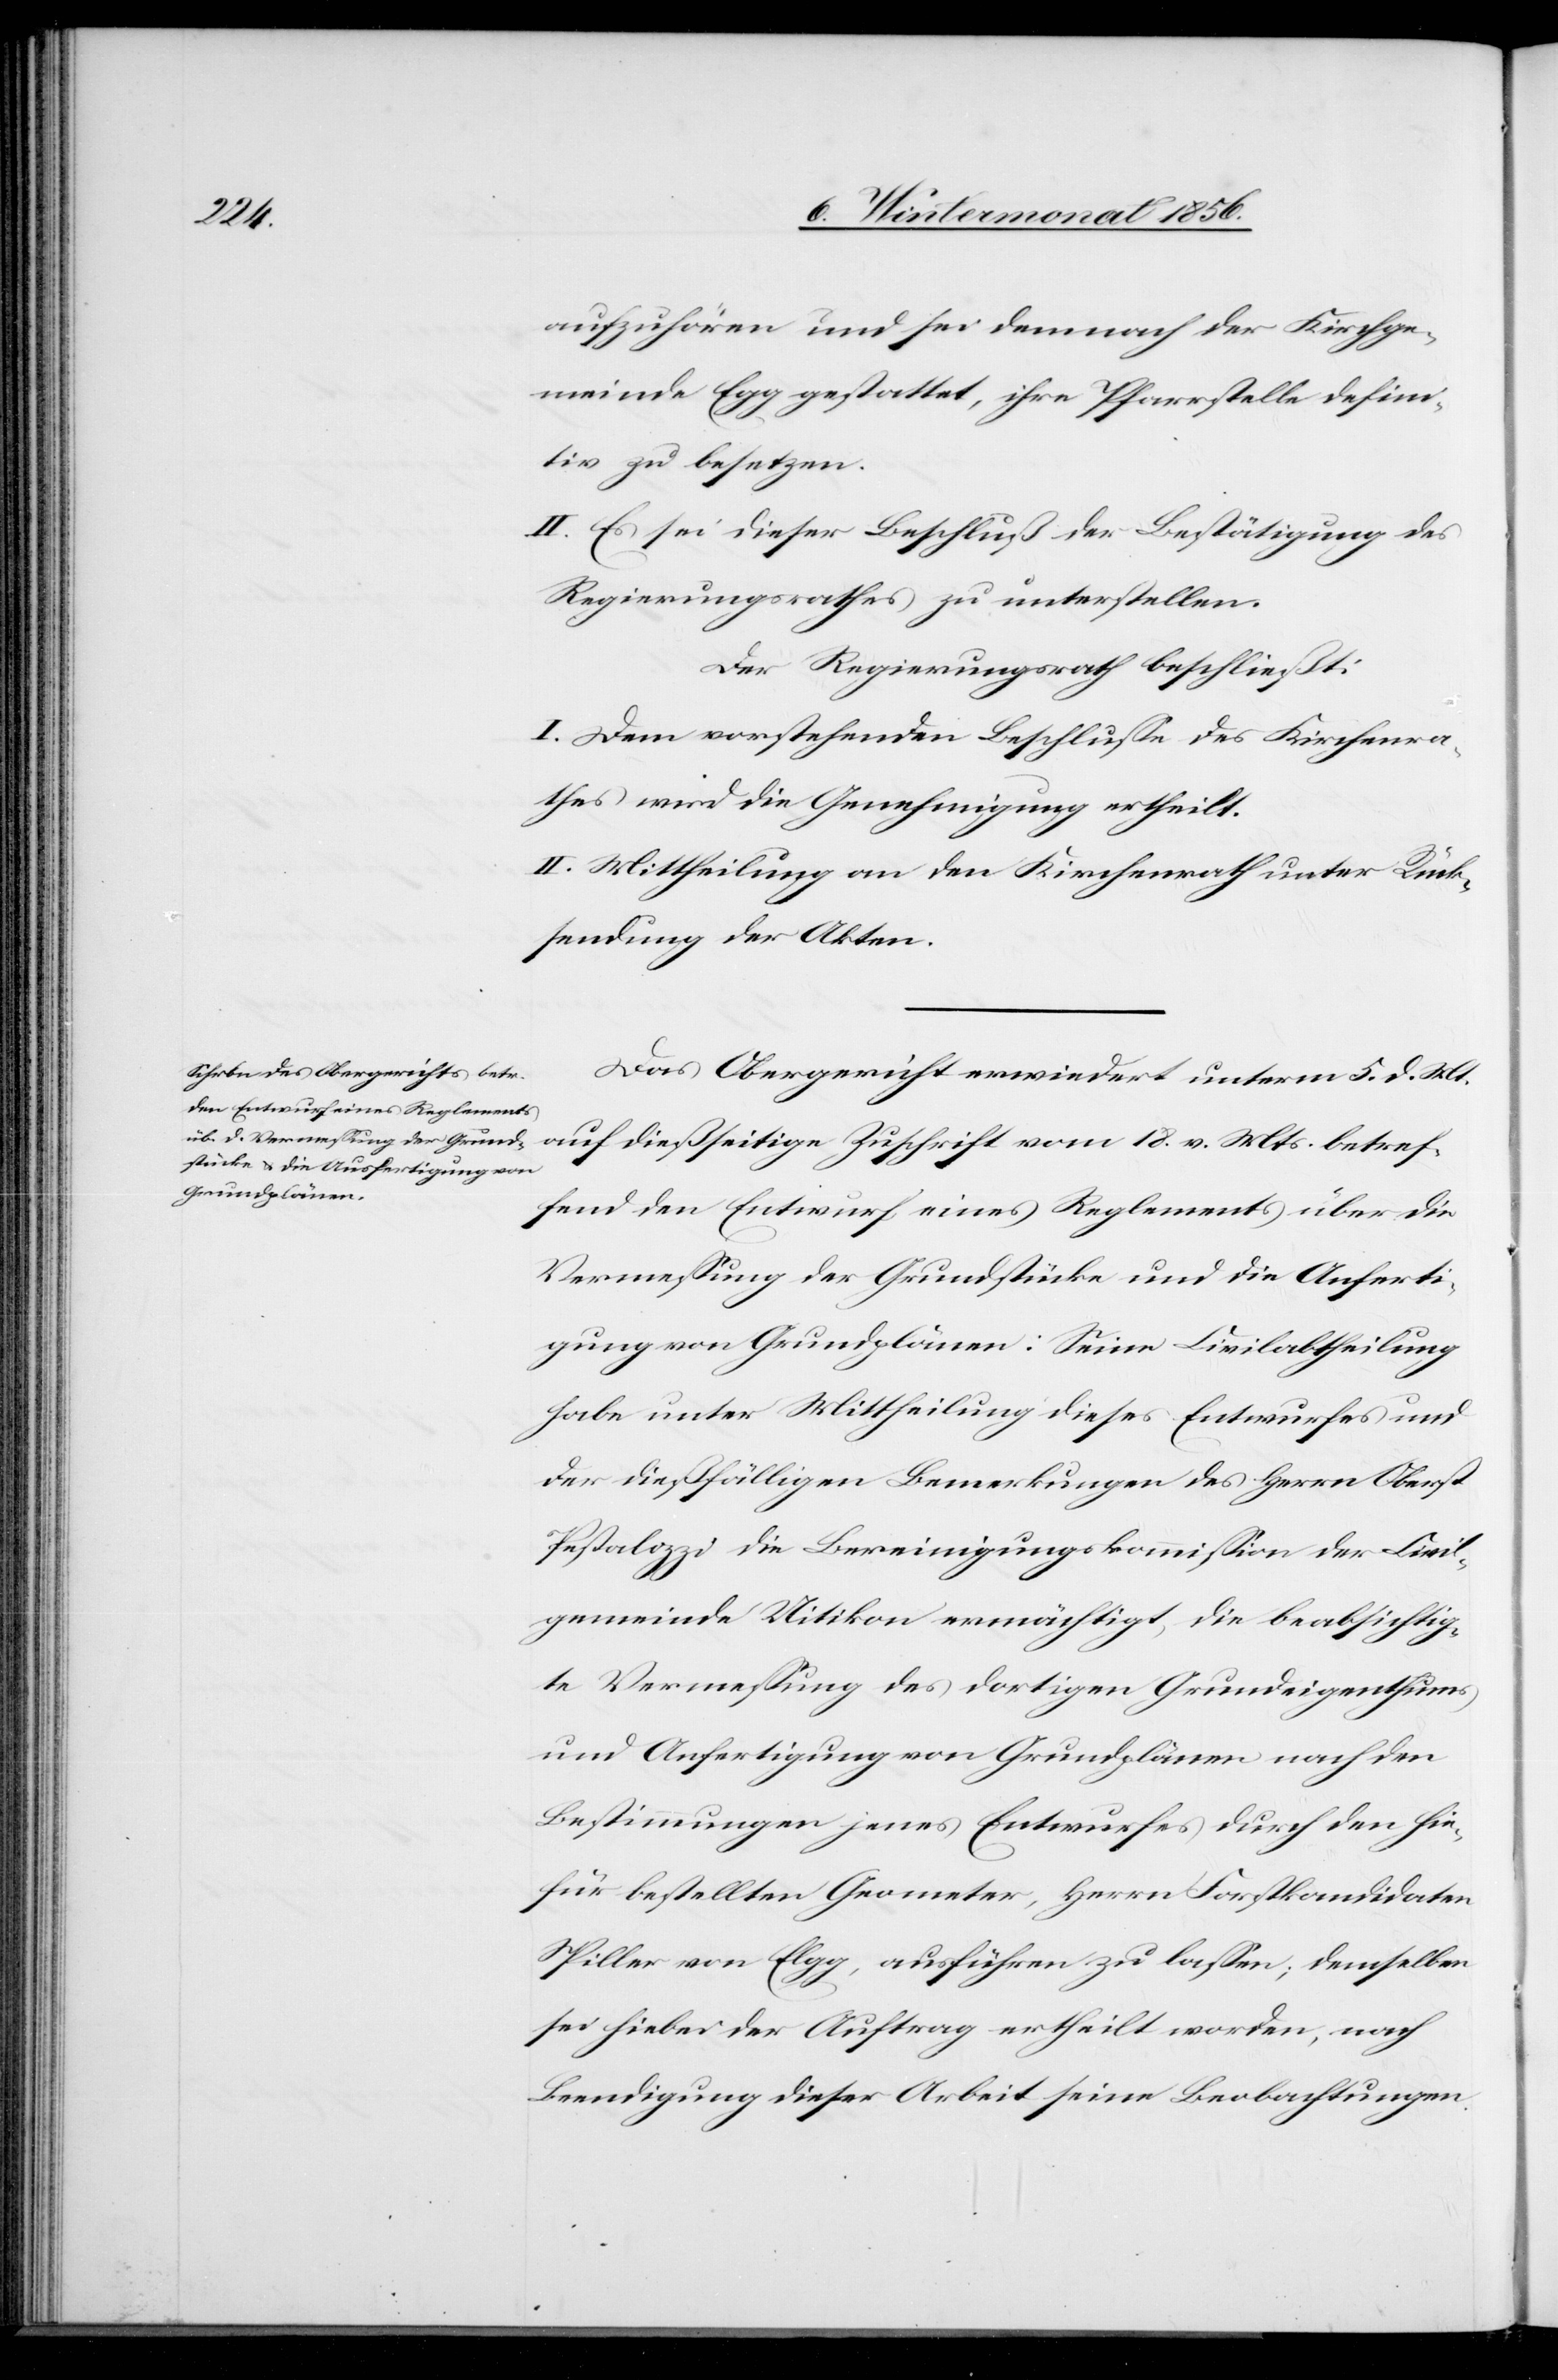
aufzuhören und sei demnach der Kirchenge¬
meinde Egg gestattet, ihre Pfarrstelle defini¬
tiv zu besetzen.
II. Es sei dieser Beschluß der Bestätigung des
Regierungsrathes zu unterstellen.
Der Regierungsrath beschließt:
I. Dem vorstehenden Beschlusse des Kirchenra¬
thes wird die Genehmigung ertheilt.
II. Mittheilung an den Kirchenrath unter Rück¬
sendung der Akten.
Das Obergericht erwiedert unterm 5. d. Mt.
auf dießseitige Zuschrift vom 18. v. Mts. betref¬
fend den Entwurf eines Reglements über die
Vermessung der Grundstücke und die Anferti¬
gung von Grundplänen: Seine Civilabtheilung
habe unter Mittheilung dieses Entwurfes und
der dießfälligen Bemerkungen des Herrn Oberst
Pestalozzi die Bereinigungskommission der Civil¬
gemeinde Uitikon ermächtigt, die beabsichtig¬
te Vermessung des dortigen Grundeigenthums
und Anfertigung von Grundplänen nach den
Bestimmungen jenes Entwurfes durch den hie¬
für bestellten Geometer, Herrn Forstkandidaten
Spiller von Elgg, ausführen zu lassen; demselben
sei hiebei der Auftrag ertheilt worden, nach
Beendigung dieser Arbeit seine Beobachtungen